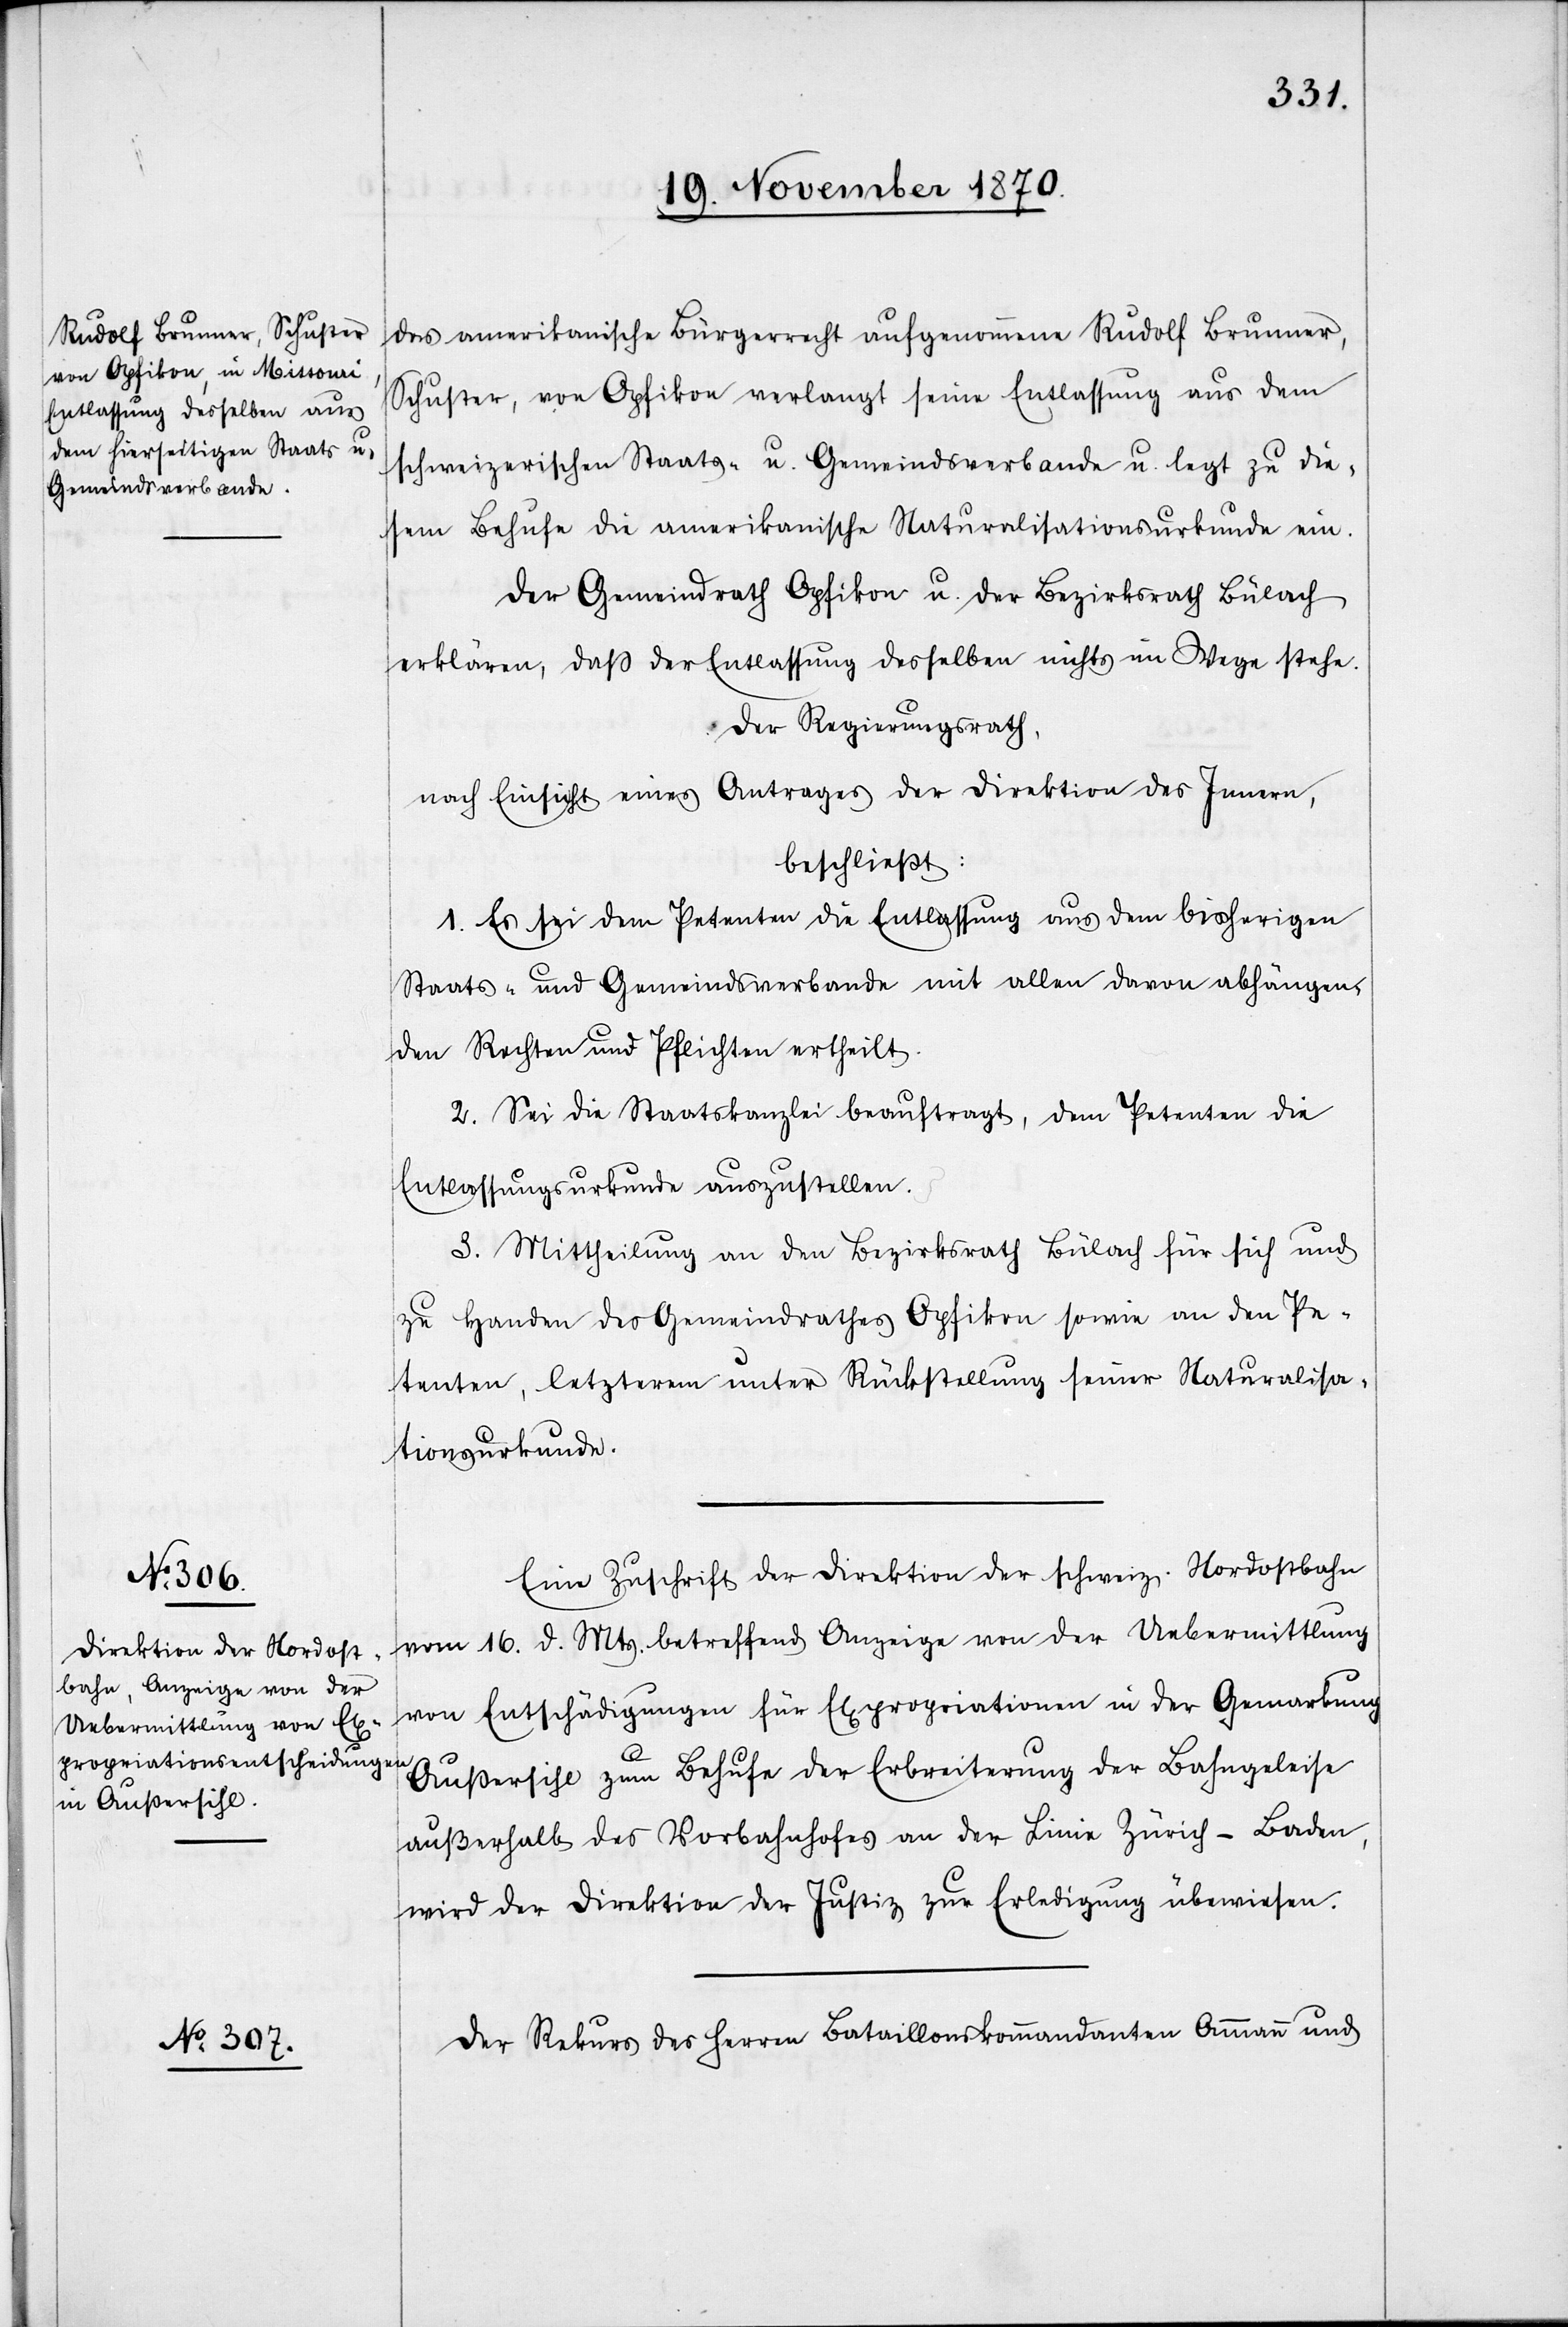
das amerikanische Bürgerrecht aufgenommene Rudolf Brunner,
Schuster, von Opfikon verlangt seine Entlassung aus dem
schweizerischen Staats- u. Gemeindsverbande u. legt zu die¬
sem Behufe die amerikanische Naturalisationsurkunde ein.
Der Gemeindrath Opfikon u. der Bezirksrath Bülach
erklären, daß der Entlassung desselben nichts im Wege stehe.
Der Regierungsrath,
nach Einsicht eines Antrages der Direktion des Innern,
beschließt:
1. Es sei dem Petenten die Entlassung aus dem bisherigen
Staats- und Gemeindsverbande mit allen davon abhängen¬
den Rechten und Pflichten ertheilt.
2. Sei die Staatskanzlei beauftragt, dem Petenten die
Entlassungsurkunde auszustellen.
3. Mittheilung an den Bezirksrath Bülach für sich und
zu Handen des Gemeindrathes Opfikon sowie an den Pe¬
tenten, letzterem unter Rückstellung seiner Naturalisa¬
tionsurkunde.
Eine Zuschrift der Direktion der schweiz. Nordostbahn
vom 16. d. Mts. betreffend Anzeige von der Uebermittlung
von Entschädigungen für Expropriationen in der Gemarkung
Außersihl zum Behufe der Erbreiterung der Bahngeleise
außerhalb des Vorbahnhofes an der Linie Zürich–Baden,
wird der Direktion der Justiz zur Erledigung überwiesen.
Der Rekurs der Herren Bataillonskommandanten Ammann und